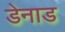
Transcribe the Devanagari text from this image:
डेनाड